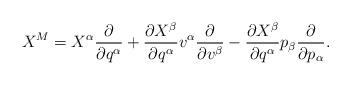
LaTeX: \begin{align*}X^{M} = X^\alpha \frac{\partial }{\partial q^\alpha} + \frac{\partial X^\beta}{\partial q^\alpha}v^\alpha \frac{\partial}{\partial v^\beta} -\frac{\partial X^\beta}{\partial q^\alpha}p_\beta \frac{\partial}{\partial p_\alpha}.\end{align*}